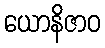
ယောနိဇာဝ